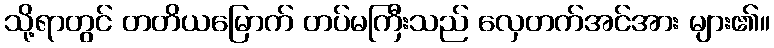
သို့ရာတွင် တတိယမြောက် တပ်မကြီးသည် လှေတက်အင်အား များ၏။